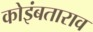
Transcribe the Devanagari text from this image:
कोइंबताराव